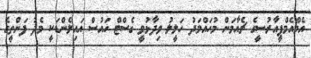
އެމްއެމްޕީއާރުސީގެ ޗެއާމަން މުހައްމަދު ހަލީލު ވިދާޅުވީ ގެސްޓް ހައުސް އައިލެންޑަކީ މެދު ފަންތީގެ